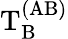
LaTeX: \mathrm{T}_{\mathrm{B}}^{\mathrm{(AB)}}